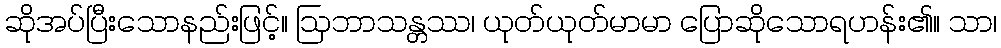
ဆိုအပ်ပြီးသောနည်းဖြင့်။ ဩဘာသန္တဿ၊ ယုတ်ယုတ်မာမာ ပြောဆိုသောရဟန်း၏။ သာ၊